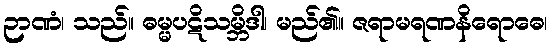
ဉာဏံ၊ သည်။ ဓမ္မပဋိသမ္ဘိဒါ၊ မည်၏။ ဇရာမရဏနိရောဓေ၊